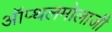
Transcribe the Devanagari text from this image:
ऑप्थलमोलाजी